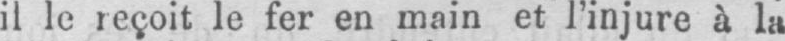
il le reçoit le fer en main et l’injure à la